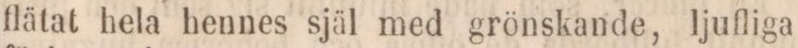
flätat hela hennes själ med grönskande, ljufliga